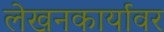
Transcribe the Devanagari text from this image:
लेखनकार्यावर